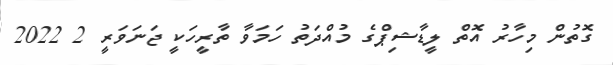
ގޮތުން މިހާރު އޮތް ލީޑާޝިޕްގެ މުއްދަތު ހަމަވާ ތާރީހަކީ ޖަނަވަރީ 2 2022